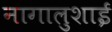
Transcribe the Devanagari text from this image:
नागालुशाई